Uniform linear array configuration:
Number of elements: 32
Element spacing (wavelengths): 0.75
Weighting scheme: hann
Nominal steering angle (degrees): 0
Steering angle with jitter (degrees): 0.1484
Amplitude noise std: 0.05
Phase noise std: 0.05

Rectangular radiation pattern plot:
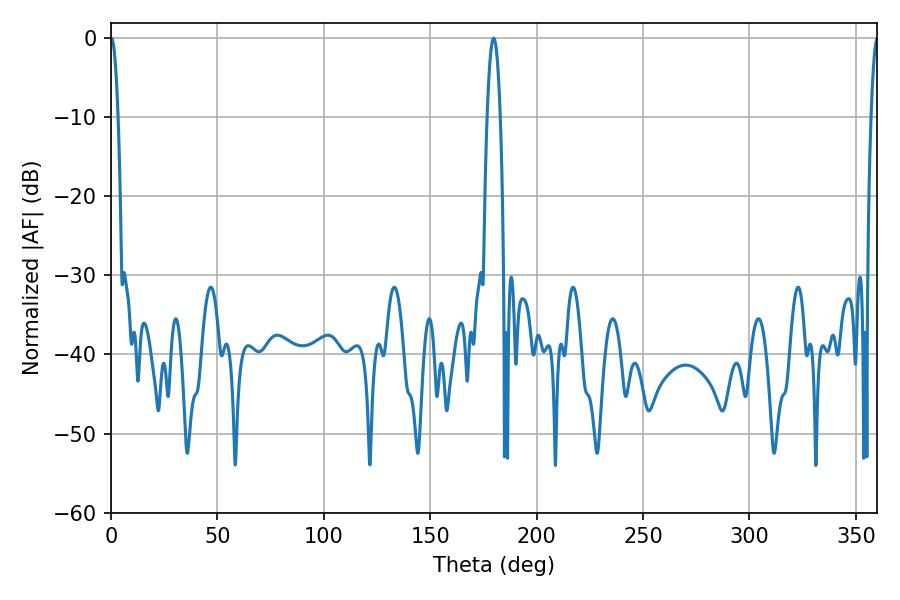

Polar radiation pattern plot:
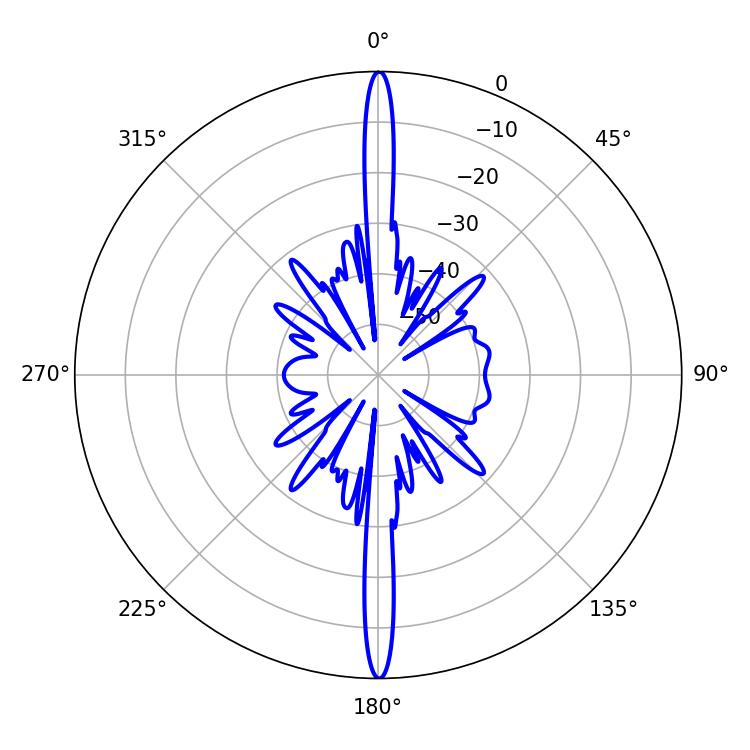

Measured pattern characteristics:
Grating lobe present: TRUE
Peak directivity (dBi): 35.752
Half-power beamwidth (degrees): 1.8
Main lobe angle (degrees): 0.18